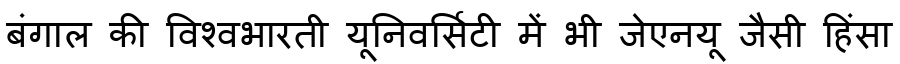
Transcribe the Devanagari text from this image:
बंगाल की विश्वभारती यूनिवर्सिटी में भी जेएनयू जैसी हिंसा